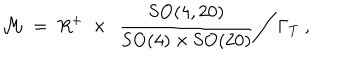
{ \cal M } \ = \ R ^ { + } \ \times \ \left. \frac { \mathrm { S O } ( 4 , 2 0 ) } { \mathrm { S O } ( 4 ) \times \mathrm { S O } ( 2 0 ) } \right/ \Gamma _ { T } \ ,